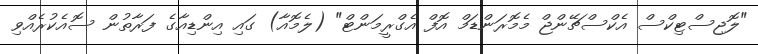
"ލޮޖިސްޓިކްސް އެކްސްޗޭންޖް މެމޮރަންޑަމް އޮފް އެގްރީމަންޓް" (ލެމޮއާ) ގައި އިންޑިއާގެ ފަރާތުން ސޮއެކުރެއްވި